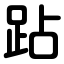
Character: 跕